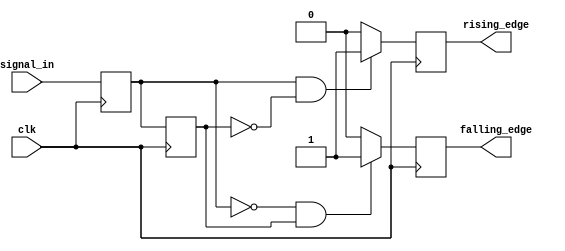
module differential_edge_detector (
    input wire clk,            // Clock signal
    input wire signal_in,      // Input signal to monitor
    output reg rising_edge,    // Output signal for rising edge detection
    output reg falling_edge     // Output signal for falling edge detection
);

    // Memory blocks to store previous and current states
    reg previous_state;
    reg current_state;

    // Always block triggered on the rising edge of the clock
    always @(posedge clk) begin
        // Update the current state with the input signal
        current_state <= signal_in;

        // Edge detection logic
        rising_edge <= (current_state == 1'b1 && previous_state == 1'b0) ? 1'b1 : 1'b0;
        falling_edge <= (current_state == 1'b0 && previous_state == 1'b1) ? 1'b1 : 1'b0;

        // Update previous state for the next clock cycle
        previous_state <= current_state;
    end

    // Initial block to set initial conditions
    initial begin
        previous_state = 1'b0; // Initialize previous state to 0
        current_state = 1'b0;  // Initialize current state to 0
        rising_edge = 1'b0;     // Initialize rising edge output to 0
        falling_edge = 1'b0;    // Initialize falling edge output to 0
    end

endmodule